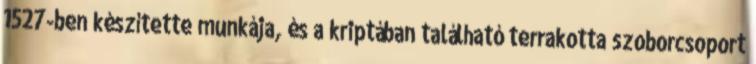
1527-ben készítette munkája, és a kriptában található terrakotta szoborcsoport